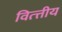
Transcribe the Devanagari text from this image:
वित्त्तीय